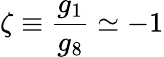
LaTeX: \zeta\equiv\frac{g_{1}}{g_{8}}\simeq-1